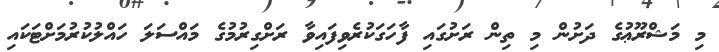
މި މަޝްރޫޢުގެ ދަށުން މި ތިން ރަށުގައި ފާހަގަކުރެވިފައިވާ ރަށްގިރުމުގެ މައްސަލަ ހައްލުކުރުމަށްޓަކައި